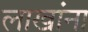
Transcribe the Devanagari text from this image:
लाखांना